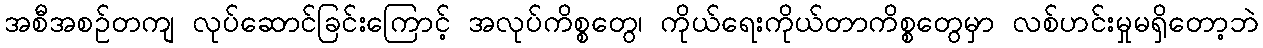
အစီအစဉ်တကျ လုပ်ဆောင်ခြင်းကြောင့် အလုပ်ကိစ္စတွေ၊ ကိုယ်ရေးကိုယ်တာကိစ္စတွေမှာ လစ်ဟင်းမှုမရှိတော့ဘဲ